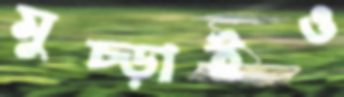
মুচ্‌ড়াইও